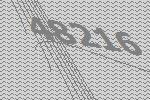
48216